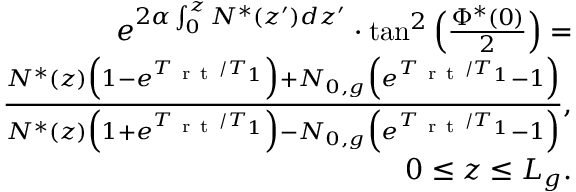
\begin{array} { r } { e ^ { 2 \alpha \int _ { 0 } ^ { z } N ^ { * } ( z ^ { \prime } ) d z ^ { \prime } } \cdot \tan ^ { 2 } \Big ( \frac { \Phi ^ { * } ( 0 ) } { 2 } \Big ) = } \\ { \frac { N ^ { * } ( z ) \Big ( 1 - e ^ { T _ { \mathrm { ~ r ~ t ~ } } / T _ { 1 } } \Big ) + N _ { 0 , g } \Big ( e ^ { T _ { \mathrm { ~ r ~ t ~ } } / T _ { 1 } } - 1 \Big ) } { N ^ { * } ( z ) \Big ( 1 + e ^ { T _ { \mathrm { ~ r ~ t ~ } } / T _ { 1 } } \Big ) - N _ { 0 , g } \Big ( e ^ { T _ { \mathrm { ~ r ~ t ~ } } / T _ { 1 } } - 1 \Big ) } , } \\ { 0 \le z \le L _ { g } . } \end{array}